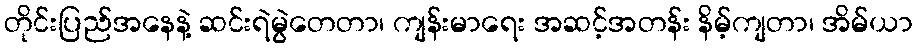
တိုင်းပြည်အနေနဲ့ ဆင်းရဲမွဲတေတာ၊ ကျန်းမာရေး အဆင့်အတန်း နိမ့်ကျတာ၊ အိမ်ယာ